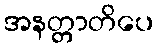
အနတ္တာတိပေ